Scottish Leaving Certificate Examination, 1954
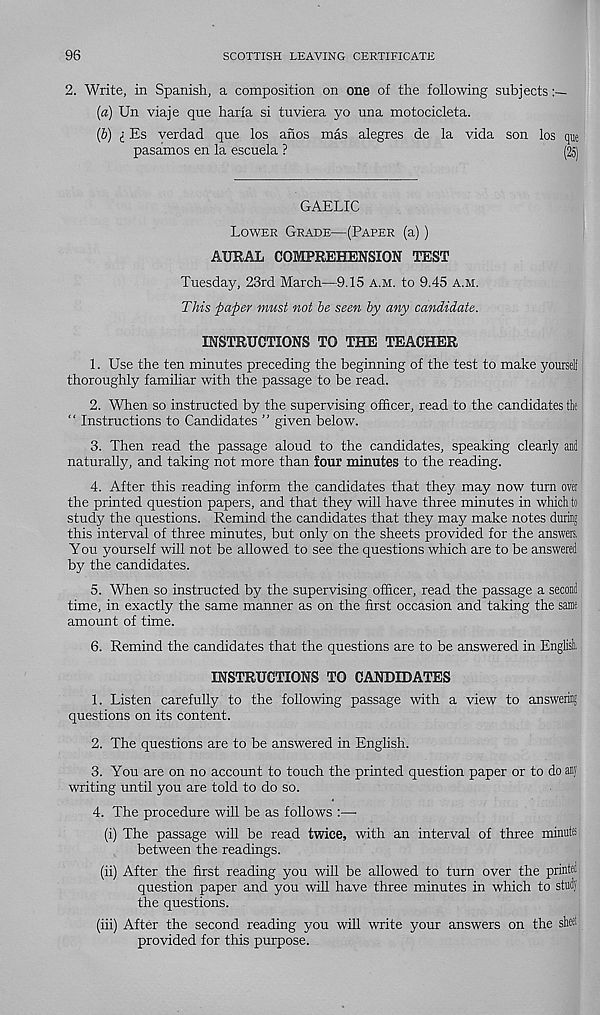
96
SCOTTISH LEAVING CERTIFICATE
2. Write, in Spanish, a composition on one of the following subjects
{a) Un viaje que haria si tuviera yo una motocicleta.
[1) i Es verdad que los anos mas alegres de la vida son los que
pasamos en la escuela ?
(25)
GAELIC
Lower Grade—(Paper (a))
AURAL COMPREHENSION TEST
Tuesday, 23rd March—9.15 a.m. to 9.45 a.m.
This paper must not he seen hy any candidate.
INSTRUCTIONS TO THE TEACHER
1. Use the ten minutes preceding the beginning of the test to make yourself
thoroughly familiar with the passage to be read.
2. When so instructed by the supervising officer, read to the candidates the
“ Instructions to Candidates ” given below.
3. Then read the passage aloud to the candidates, speaking clearly and
naturally, and taking not more than four minutes to the reading.
4. After this reading inform the candidates that they may now turn over
the printed question papers, and that they will have three minutes in which to
study the questions. Remind the candidates that they may make notes during
this interval of three minutes, but only on the sheets provided for the answers.
You yourself will not be allowed to see the questions which are to be answered
by the candidates.
5. When so instructed by the supervising officer, read the passage a second
time, in exactly the same manner as on the first occasion and taking the same
amount of time.
6. Remind the candidates that the questions are to be answered in English
INSTRUCTIONS TO CANDIDATES
1. Listen carefully to the following passage with a view to answering
questions on its content.
2. The questions are to be answered in English.
3. You are on no account to touch the printed question paper or to do any
writing until you are told to do so.
4. The procedure will be as follows :—•
(i) The passage will be read twice, with an interval of three minute
between the readings.
(ii) After the first reading you will be allowed to turn over the printed
question paper and you will have three minutes in which to study
the questions.
(iii) After the second reading you will write your answers on the sheet
provided for this purpose.